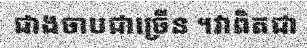
ជាងចាបជាច្រើន ។វាពិតជា